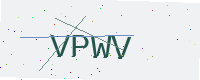
Text: VPWV